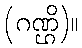
(ဂဏ္ဌိ)။